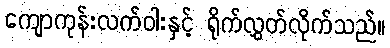
ကျောကုန်းလက်ဝါးနှင့် ရိုက်လွှတ်လိုက်သည်။